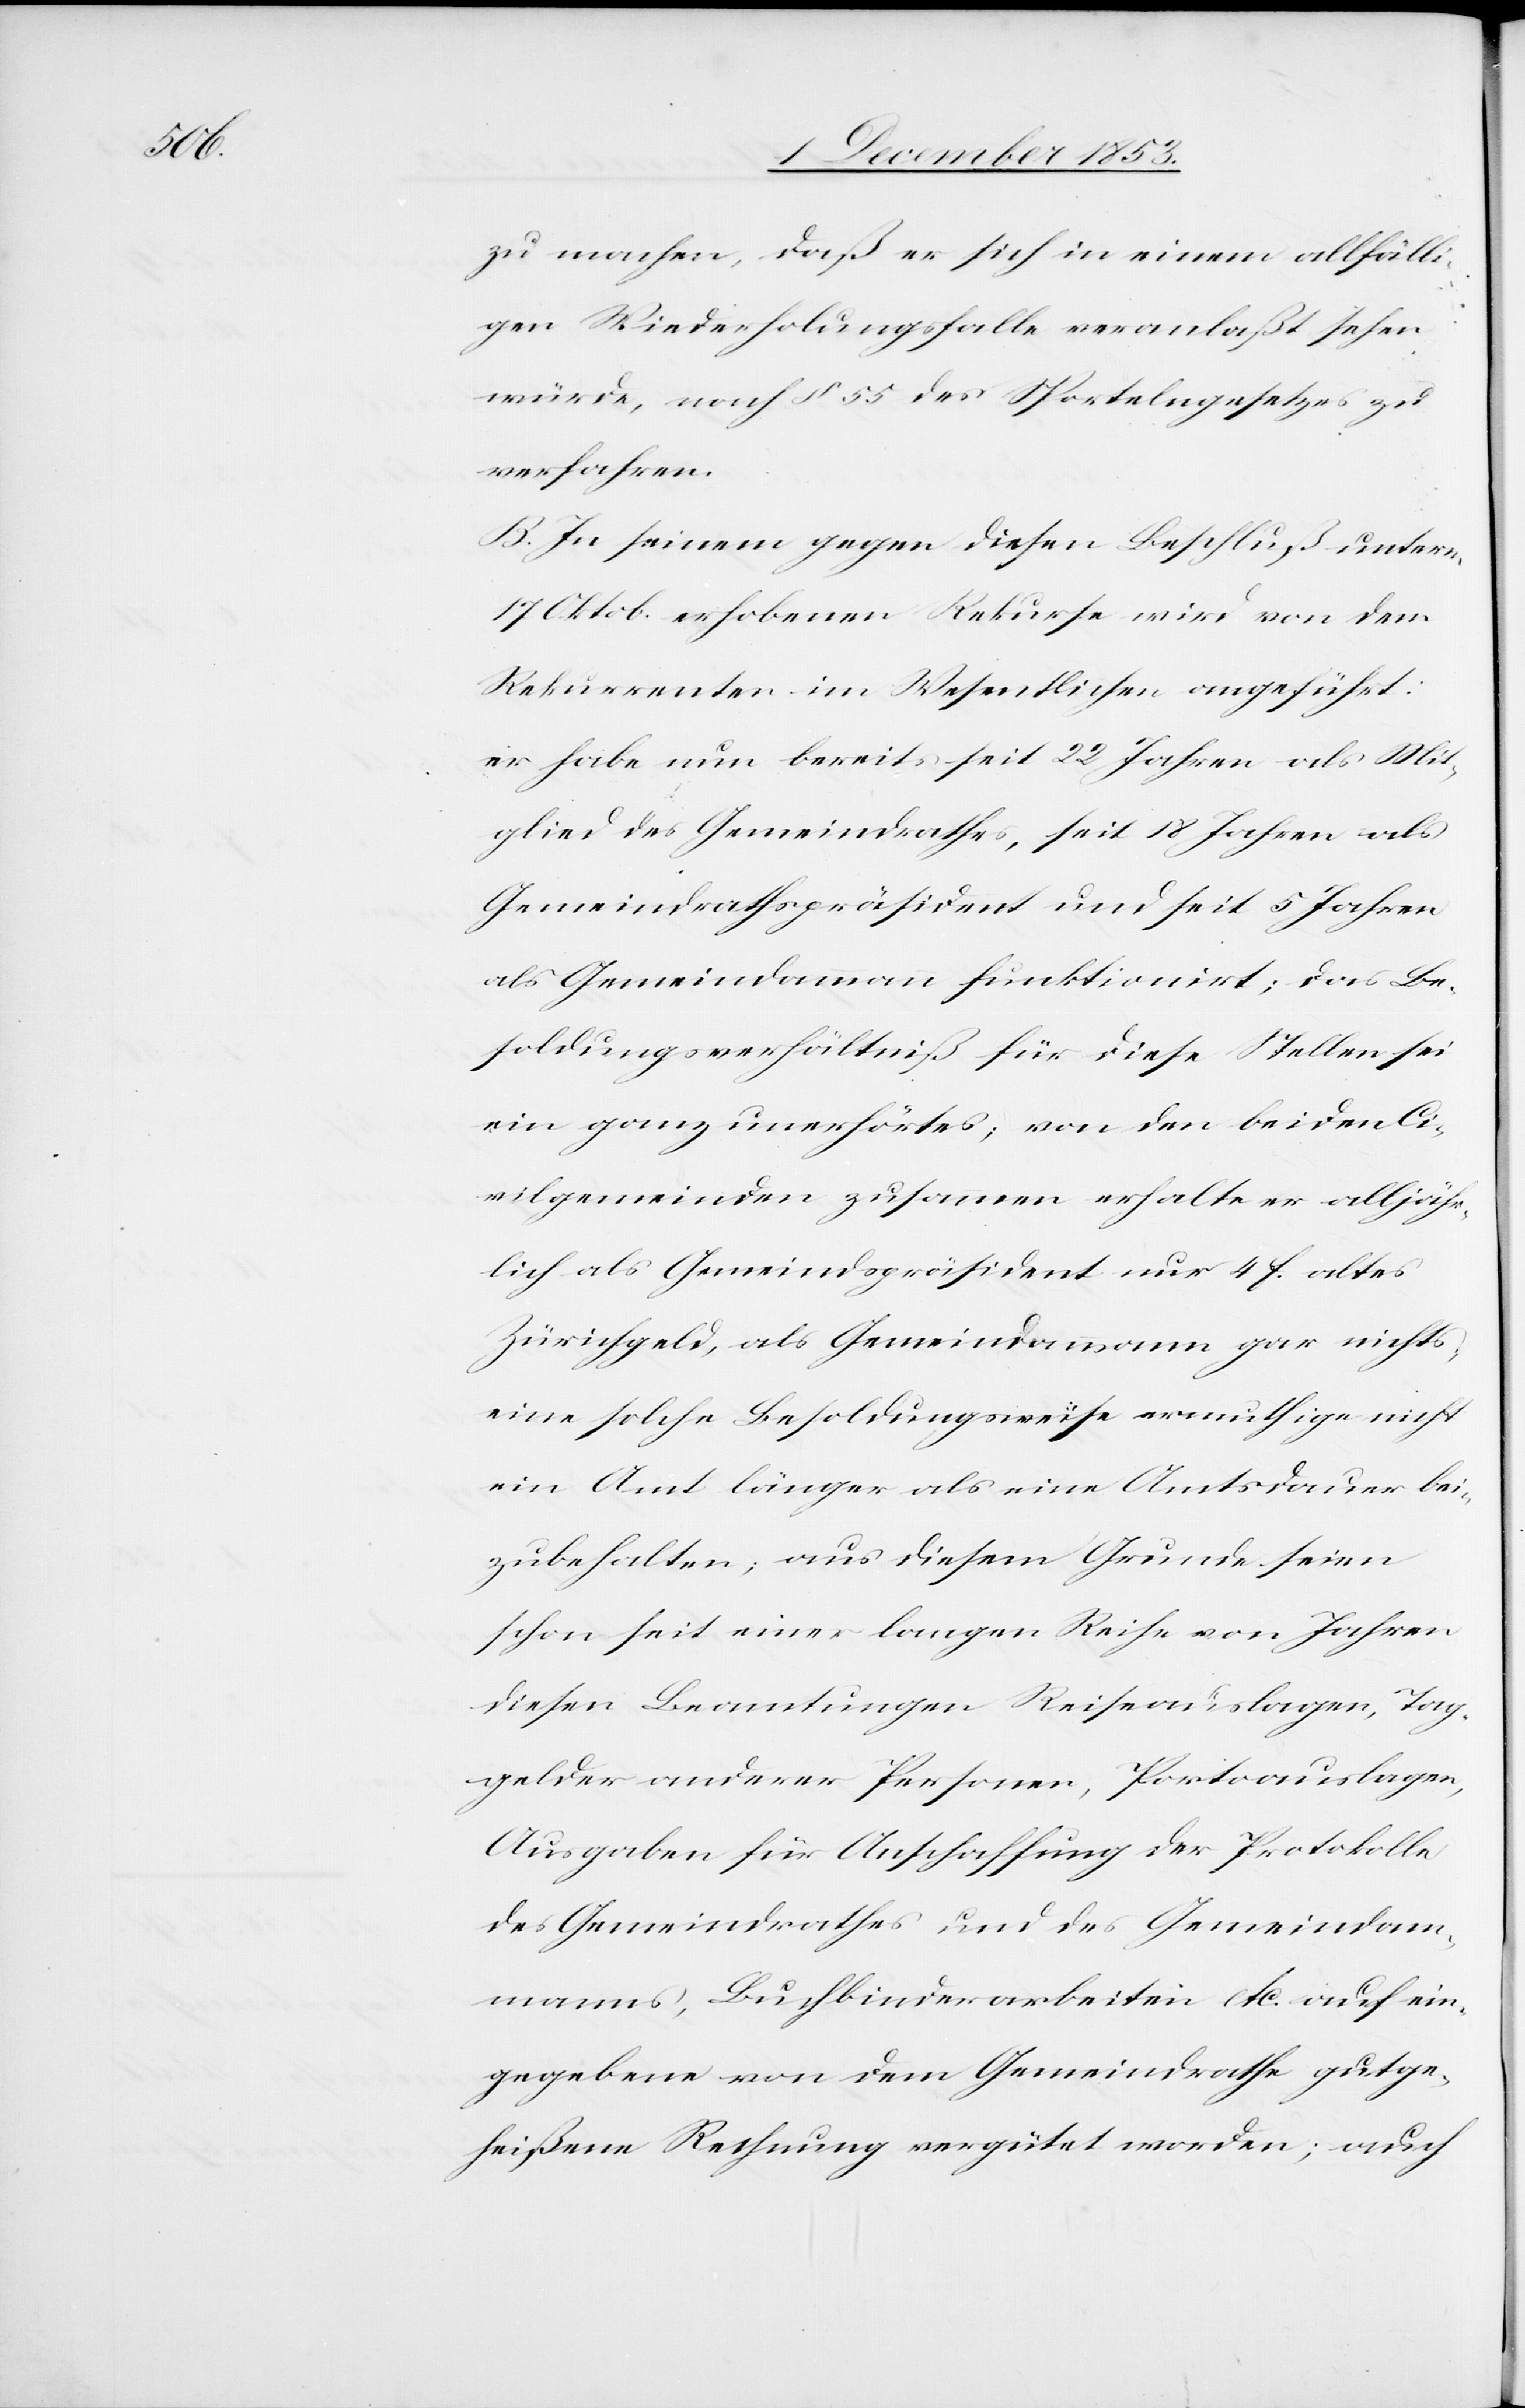
zu machen, daß er sich in einem allfälli¬
gen Wiederholungsfalle veranlaßt sehen
würde, nach § 55 des Sportelngesetzes zu
verfahren.
B. In seinem gegen diesen Beschluß unterm
17 Oktob. erhobenen Rekurse wird von den
Rekurrenten im Wesentlichen angeführt:
er habe nun bereits seit 22 Jahren als Mit¬
glied des Gemeindrathes, seit 18 Jahren als
Gemeindrathspräsident und seit 5 Jahren
als Gemeindammann funktionirt; das Be¬
soldungsverhältniß für diese Stellen sei
ein ganz unerhörtes; von den beiden Ci¬
vilgemeinden zusammen erhalte er alljähr¬
lich als Gemeindspräsident nur 4 f. altes
Zürichgeld, als Gemeindammann gar nichts,
eine solche Besoldungsweise ermuthige nicht
ein Amt länger als eine Amtsdauer bei¬
zubehalten; aus diesem Grunde seien
schon seit einer langen Reihe von Jahren
diesen Beamtungen Reiseauslagen, Tag¬
gelder anderer Personen, Portoauslagen,
Ausgaben für Anschaffung der Protokolle
des Gemeindrathes und des Gemeindam¬
manns, Buchbinderarbeiten etc. auf ein¬
gegebene von dem Gemeindrathe gutge¬
heißene Rechnung vergütet worden; auch